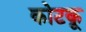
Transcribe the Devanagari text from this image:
कोटकू